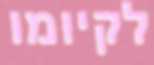
לקיומו